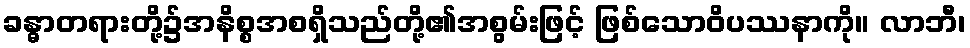
ခန္ဓာတရားတို့၌အနိစ္စအစရှိသည်တို့၏အစွမ်းဖြင့် ဖြစ်သောဝိပဿနာကို။ လာဘီ၊